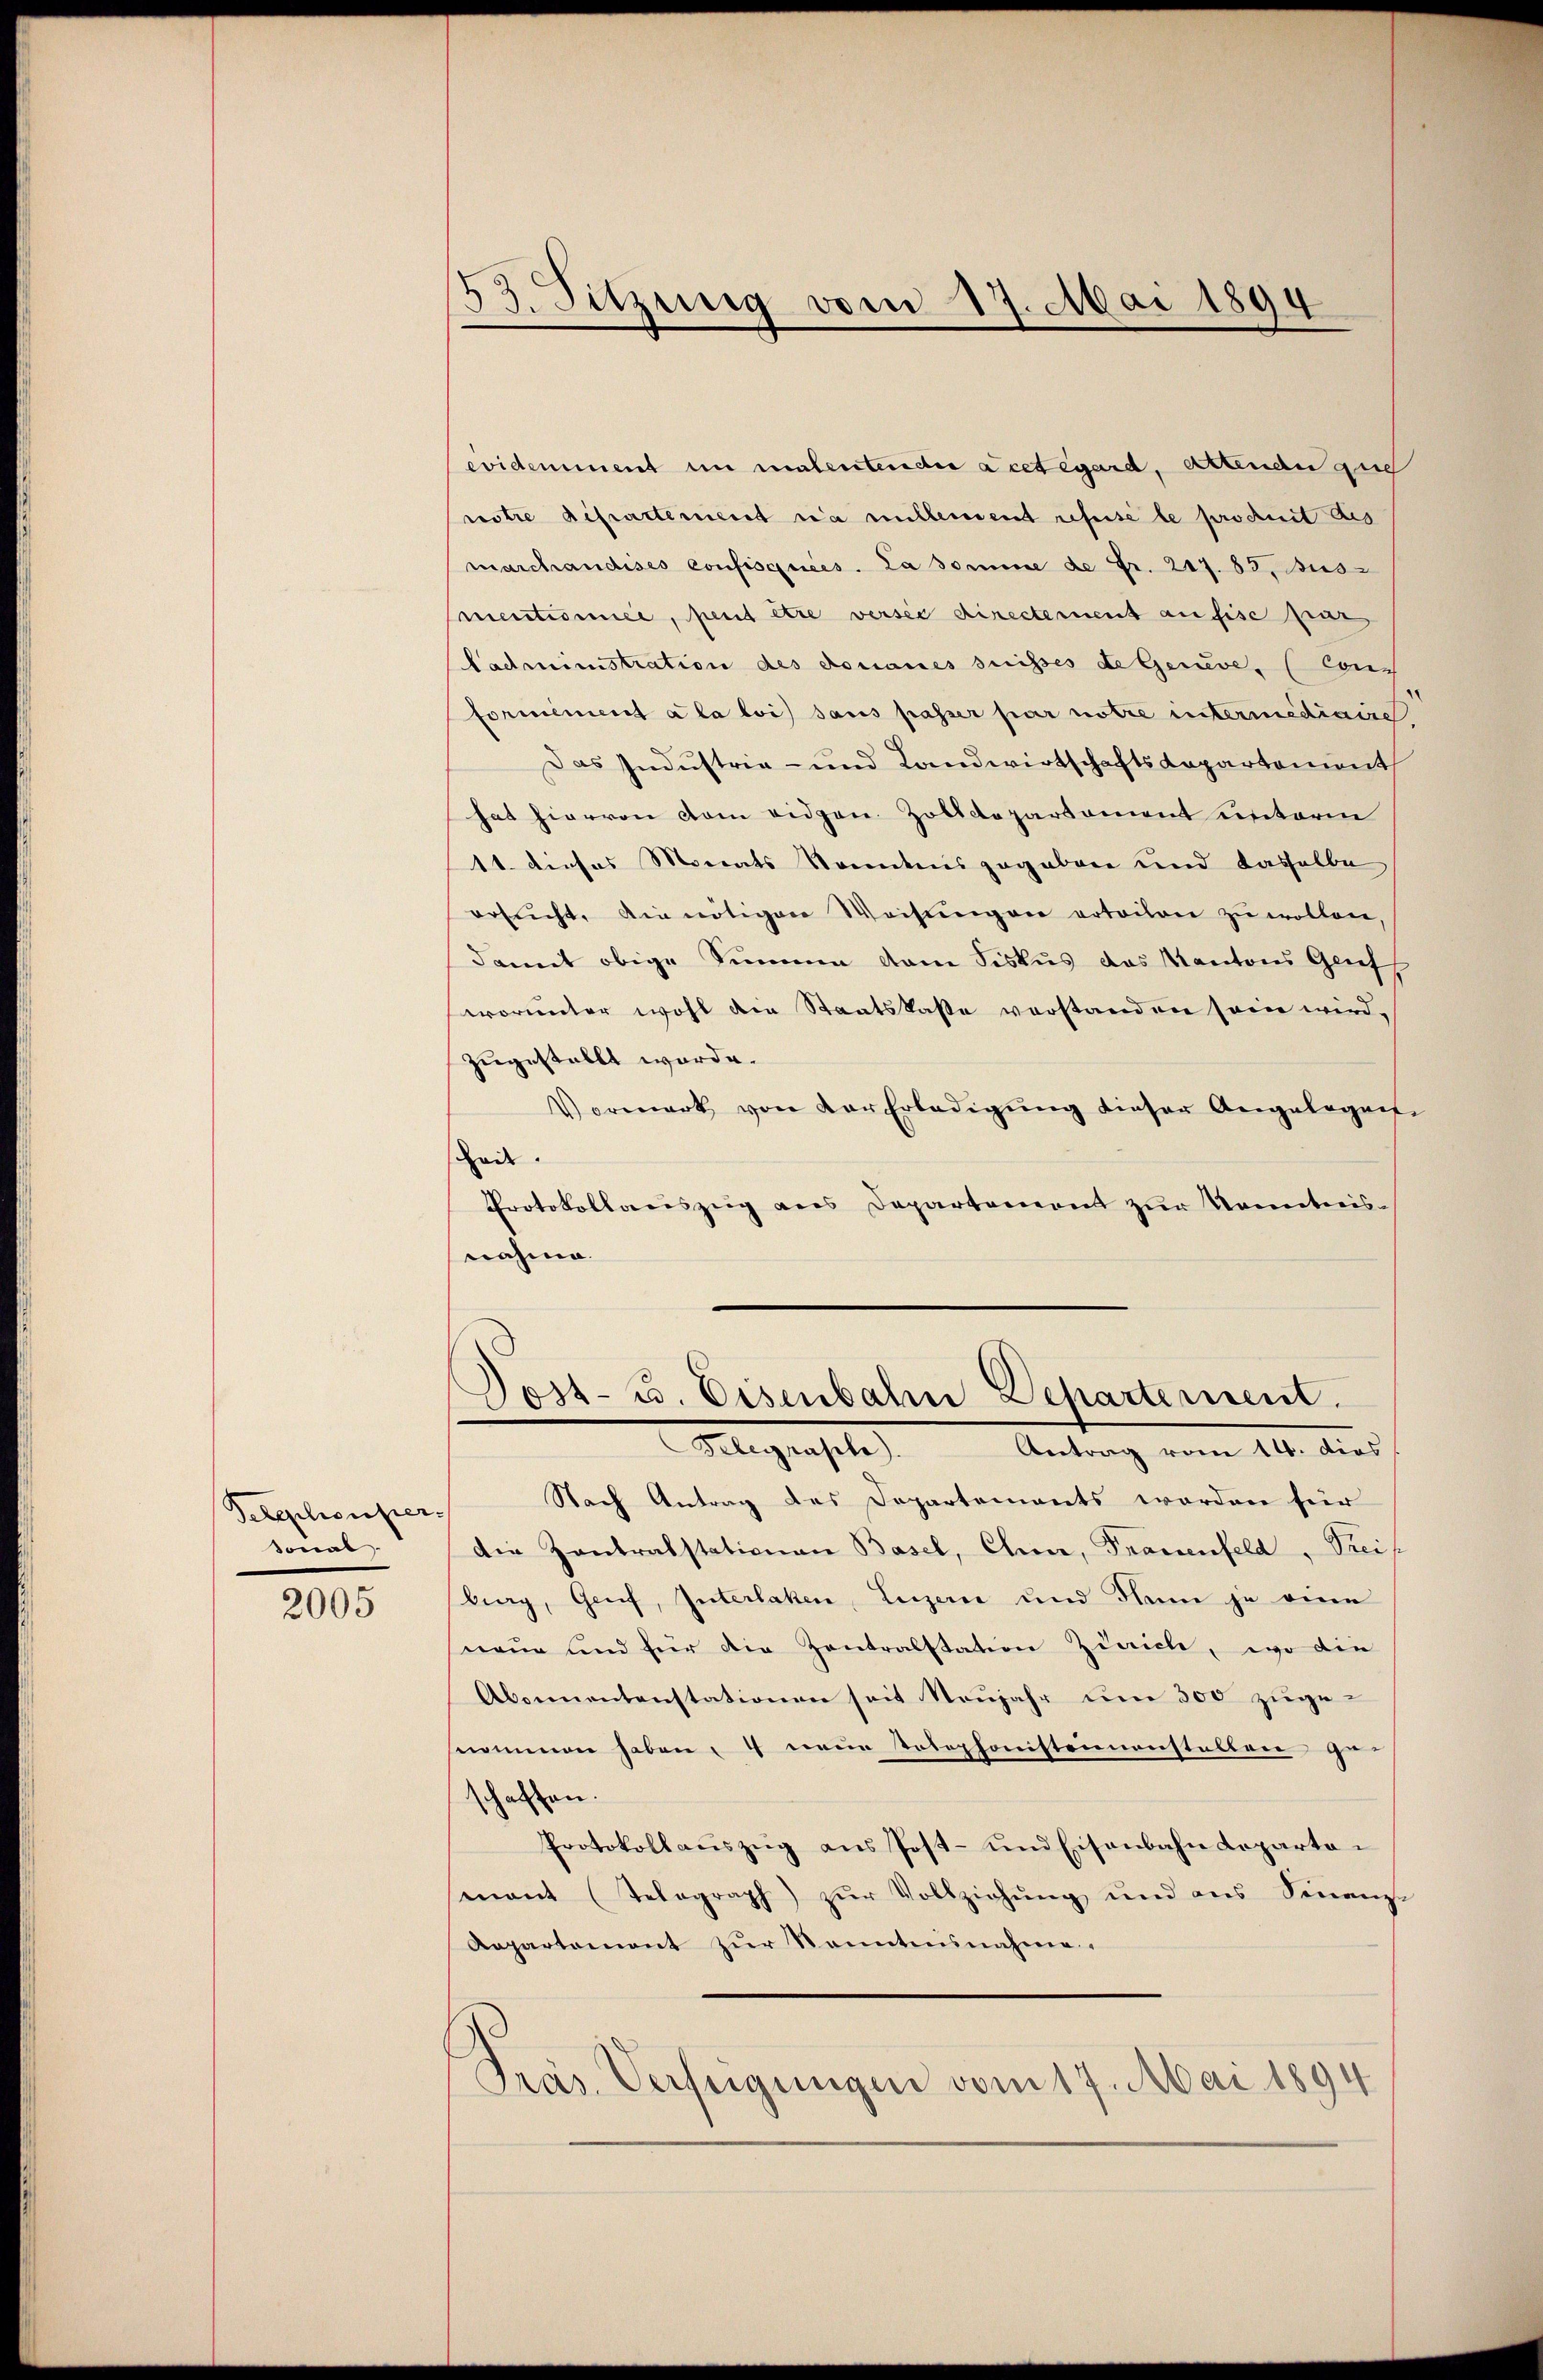
Telephonper
sonal

2005

53. Sitzung vom 17. Mai 1894

evidemment in malentender a cet égard, attenden gie
notre departement in millement refuse le prochnit des
marchandises confisquees. La somme de Fr. 217. 83. Aus
mentismee, peut être versie directement an fise par
Ladministration des Donaues suisses de Gerve, (Cons
formément a la loi sans passer par notre intermediaire
Das Industria- und Landwirtschaftsdepartement
hat hiervon vom eidgen. Zolldepartement unterm
11. dieses Monats Sonntens gegebene und dasselbe
ersŭcht, die nötigen Weisŭngen erteilen zŭ wollen,
damit obige Simmen dem Fiskus das Kantons Griff
worunter wohl die Staatskasse verstanden sein wird,
zugestellt werde.
Vermerk von der Erledigŭng dieser Angelegen
Zede
Protokollauszug aus Departement zur Kenntnis-
nahme.
Dost- u. Eisenbahn Departement.
Magensele Antrag vom 11. dies
Nach Antrag des Departements worden für
die Zantralstationen Basel, Chur, Frauenfeld, Preis
burg, Genf, Interlaken, Luzern und dem je eine
neun und für die Zentralstation Zürich, wo die
Abonnentenstationen seit Neujahr um 300 zugesnommen haben, 4 neue Tolephonisteinanstalten ge-
schaffen.
Protokollauszug aus Post- und Eisenbahndepartemant (Telegraph) zŭr Vollziehŭng und aus Sinanz-
Aepartement zŭr Senntnisnahme.
Präs. Verfügungen vom 17. Mai 1894